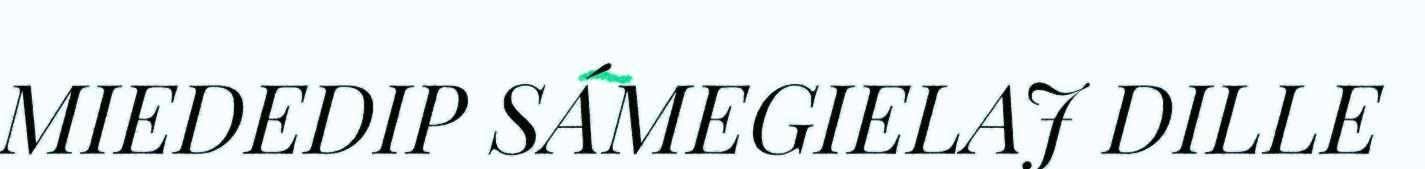
MIEDEDIP SÁMEGIELAJ DILLE